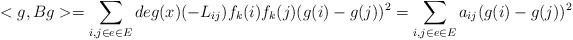
LaTeX: \begin{align*} <g, Bg>=\sum_{i, j\in e\in E} deg(x)(-L_{ij})f_k(i)f_k(j)(g(i)-g(j))^2=\sum_{i, j\in e\in E} a_{ij}(g(i)-g(j))^2\end{align*}